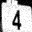
Digit: 4